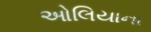
ઓલિયાના